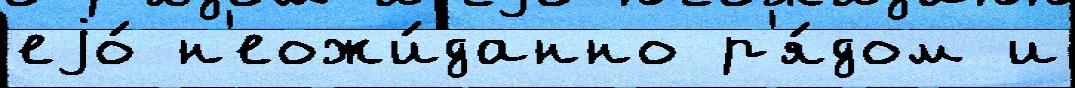
еjо́ н'еожи́данно р'я́дом и